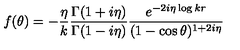
f ( \theta ) = - { \frac { \eta } { k } } { \frac { \Gamma ( 1 + i \eta ) } { \Gamma ( 1 - i \eta ) } } { \frac { e ^ { - 2 i \eta \log k r } } { ( 1 - \cos \theta ) ^ { 1 + 2 i \eta } } }